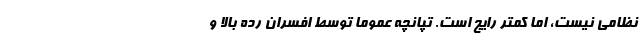
نظامی نیست، اما کمتر رایج است. تپانچه عموما توسط افسران رده بالا و